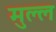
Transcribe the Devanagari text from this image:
मुल्ल